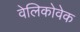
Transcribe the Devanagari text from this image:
वेलिकोवेक